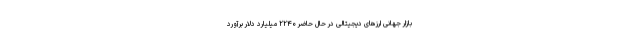
بازار جهانی ارزهای دیجیتالی در حال حاضر ۲۲۴۰ میلیارد دلار برآورد